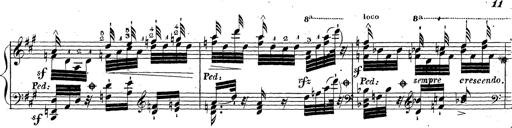
Title: Grande fantaisie sur la tyrolienne de l'opÃ©ra
Composer: Franz Liszt
Key: A major